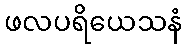
ဖလပရိယေသနံ